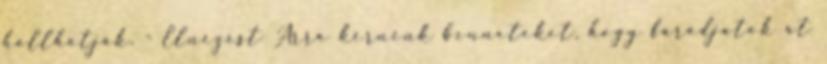
hallhatják. - Elnézést Arra kérnénk benneteket, hogy fáradjatok át